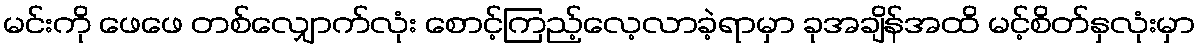
မင်းကို ဖေဖေ တစ်လျှောက်လုံး စောင့်ကြည့်လေ့လာခဲ့ရာမှာ ခုအချိန်အထိ မင့်စိတ်နှလုံးမှာ